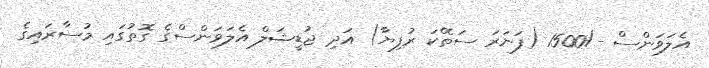
އެލަވަންސް -/1500 (ފަނަރަ ސަތޭކަ ރުފިޔާ) އަދި ޖުޑީޝަލް އެލަވަންސްގެ ގޮތުގައި މުސާރައިގެ